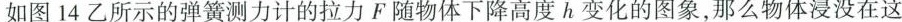
如图14乙所示的弹簧测力计的拉力F随物体下降高度h变化的图象，那么物体浸没在这